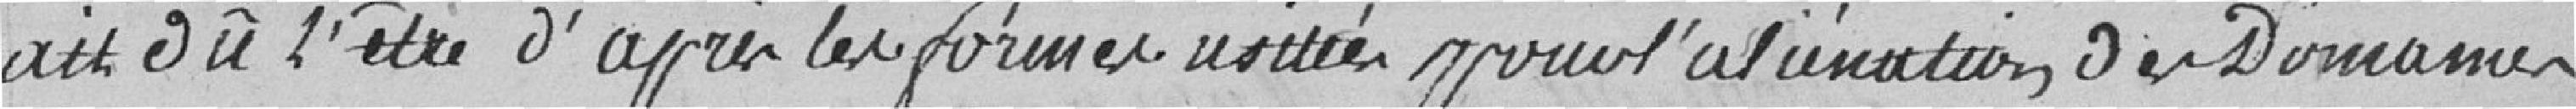
ait dû l'être d'après les formes usitées pour l'aliénation des Domaines